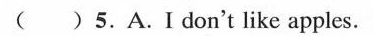
( )5.A.Ⅰdon't like apples.